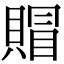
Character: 賵